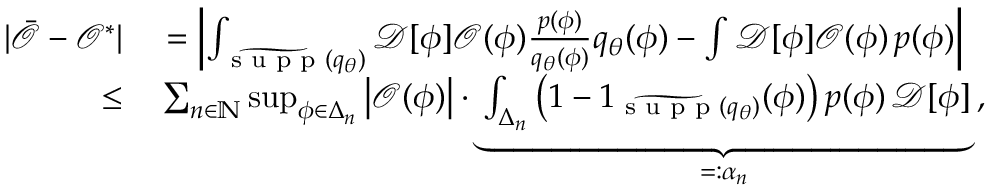
\begin{array} { r l } { \vert \bar { \mathcal { O } } - \mathcal { O } ^ { * } \vert } & { { } = \left\vert \int _ { \widetilde { \textrm { s u p p } } ( { q } _ { \theta } ) } \mathcal { D } [ \phi ] \mathcal { O } ( \phi ) \frac { p ( \phi ) } { q _ { \theta } ( \phi ) } q _ { \theta } ( \phi ) - \int \mathcal { D } [ \phi ] \mathcal { O } ( \phi ) \, p ( \phi ) \right\vert } \\ { \leq } & { { } \sum _ { n \in \mathbb { N } } \operatorname* { s u p } _ { \phi \in \Delta _ { n } } \left\vert \mathcal { O } ( \phi ) \right\vert \cdot \underbrace { \int _ { \Delta _ { n } } \left( 1 - 1 _ { \widetilde { \textrm { s u p p } } ( { q } _ { \theta } ) } ( \phi ) \right) p ( \phi ) \, \mathcal { D } [ \phi ] } _ { = : \alpha _ { n } } \, , } \end{array}